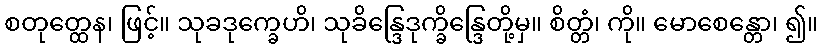
စတုတ္ထေန၊ ဖြင့်။ သုခဒုက္ခေဟိ၊ သုခိန္ဒြေဒုက္ခိန္ဒြေတို့မှ။ စိတ္တံ၊ ကို။ မောစေန္တော၊ ၍။